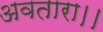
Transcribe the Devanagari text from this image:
अवतारा।।